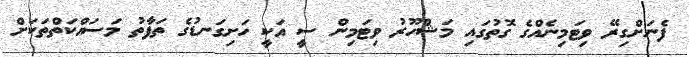
ފެނަށްގިރޭ ވިޓަމިނެއްގެ ގޮތުގައި މަޝްހޫރު ވިޓަމިން ސީ އަކީ ހަށިގަނޑުގެ ތަފާތު މަސައްކަތްތަކަށް